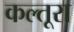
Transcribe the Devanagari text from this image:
कल्तूरा